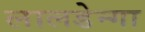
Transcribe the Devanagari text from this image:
लालडेन्गा